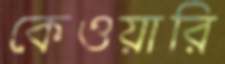
কেওয়ারি